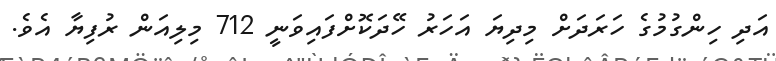
އަދި ހިންގުމުގެ ހަރަދަށް މިދިޔަ އަހަރު ހޭދަކޮށްފައިވަނީ 712 މިލިއަން ރުފިޔާ އެވެ.